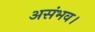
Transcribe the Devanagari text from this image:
असंभव।